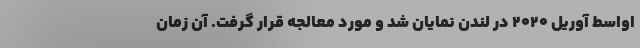
اواسط آوریل ۲۰۲۰ در لندن نمایان شد و مورد معالجه قرار گرفت. آن زمان